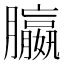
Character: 䑉